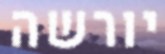
יורשה